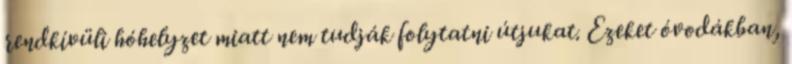
rendkívüli hóhelyzet miatt nem tudják folytatni útjukat. Ezeket óvodákban,